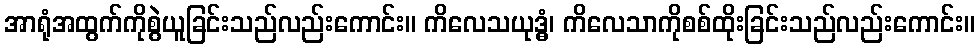
အာရုံအထွက်ကိုစွဲယူခြင်းသည်လည်းကောင်း။ ကိလေသယုဒ္ဓံ၊ ကိလေသာကိုစစ်ထိုးခြင်းသည်လည်းကောင်း။